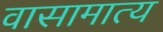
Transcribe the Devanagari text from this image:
वासामात्य